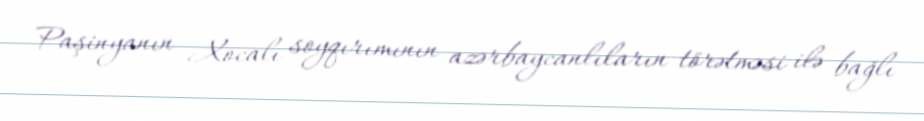
Paşinyanın Xocalı soyqırımının azərbaycanlıların törətməsi ilə bağlı